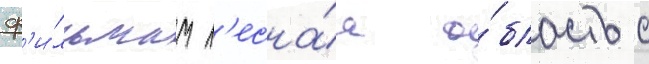
ф'и́льмам л'есна́я о́бласть с